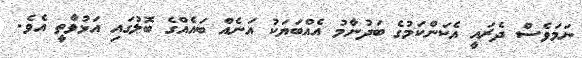
ނަމަވެސް ދެރައީ އެކަންކަމުގެ ބަދުނާމު އެއްބަޔަކު އަނެއް ބައެއްގެ ބޮލުގައި އަޅުވާތީ އެވެ.